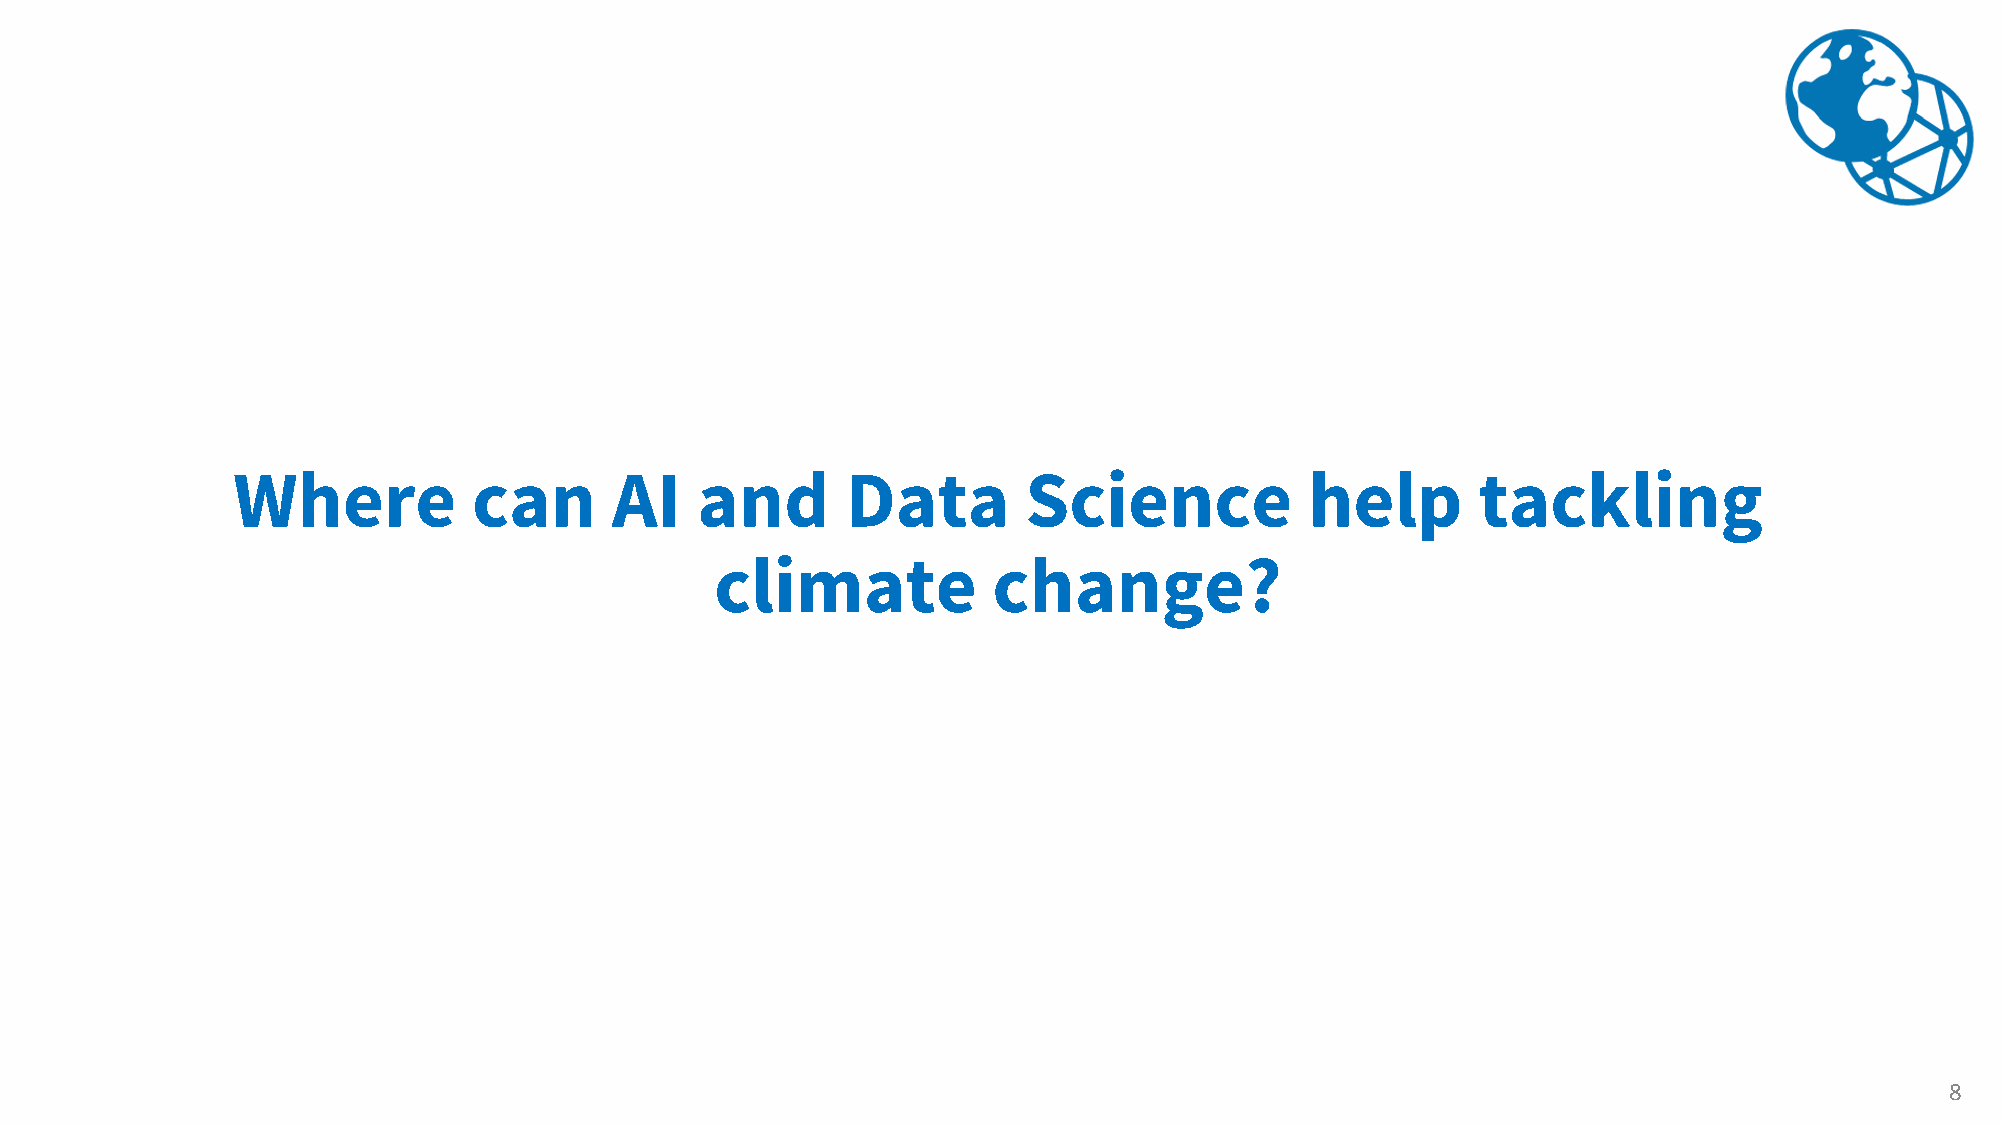
Where           can      AI    and       Data        Science            help       tackling
 climate            change?
 8